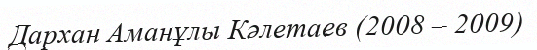
Дархан Аманұлы Кәлетаев (2008 – 2009)